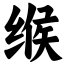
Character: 缑